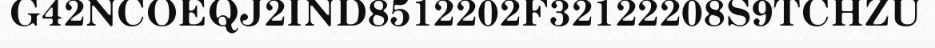
G42NCOEQJ2IND8512202F32122208S9TCHZU